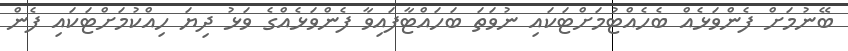
ބޭނުމަށް ފެންވަޅެއް ބެހެއްޓުމަށްޓަކައި ނުވަތަ ބަހައްޓާފައިވާ ފެންވަޅެއްގެ ވަޅު ދިޔަ ހިއްކުމަށްޓަކައި ފެން